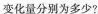
变化量分别为多少?